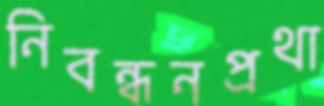
নিবন্ধনপ্রথা